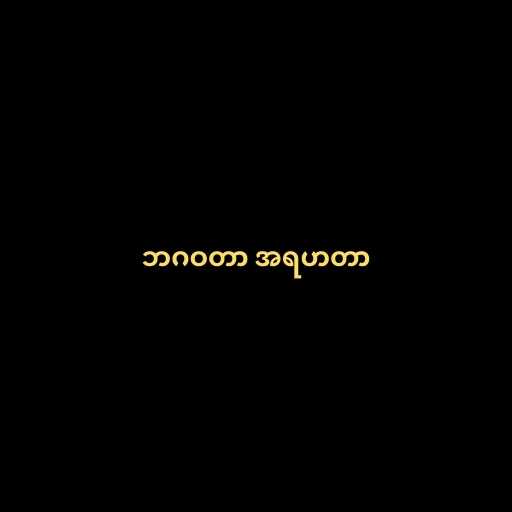
ဘဂဝတာ အရဟတာ